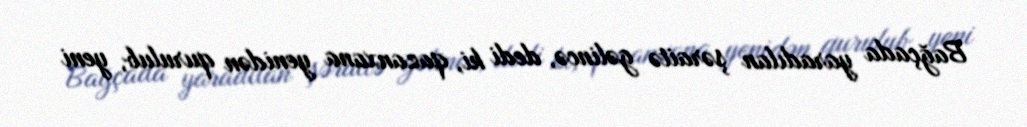
Bağçada yaradılan şəraitə gəlincə, dedi ki, qazanxana yenidən qurulub, yeni